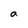
Character: a